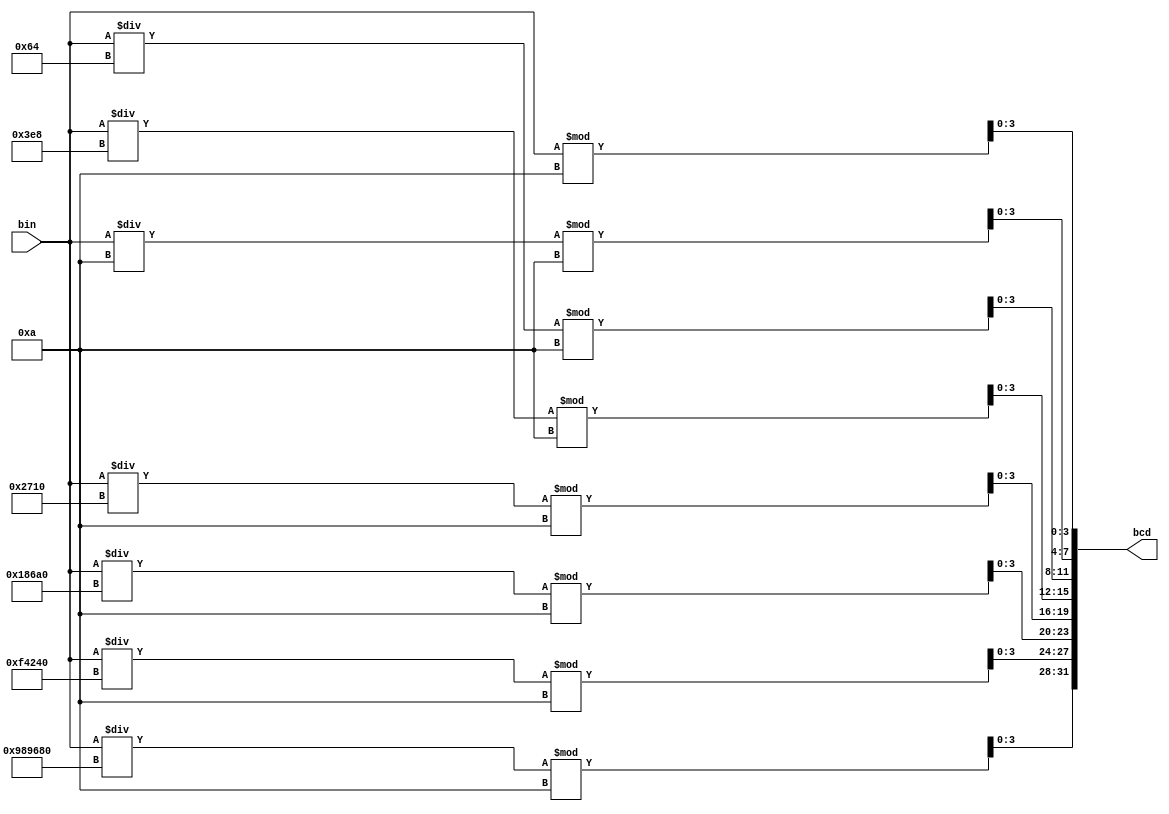
module Binary(bin,bcd); //
    input wire [31:0] bin; //32
    output reg [31:0] bcd; //16BCD
    initial begin bcd = 16'b0; end //BCD0
    always @(*) //
         begin
              bcd [3:0]  = bin % 10; //BCD
              bcd [7:4]  = bin /10 % 10; //BCD
              bcd [11:8] = bin / 100 % 10; //BCD
              bcd [15:12] = bin / 1000 % 10; //BCD
              bcd [19:16] = bin / 10000 % 10; //BCD
              bcd [23:20] = bin / 100000 % 10; //BCD
              bcd [27:24] = bin / 1000000 % 10; //BCD
              bcd [31:28] = bin / 10000000 % 10; //BCD
         end 
endmodule